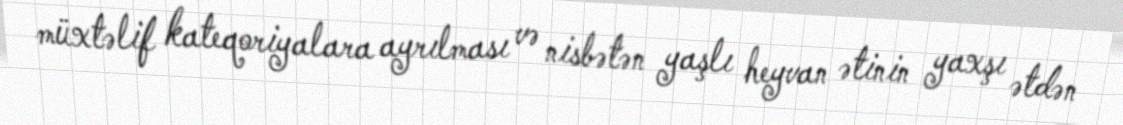
müxtəlif kateqoriyalara ayrılması və nisbətən yaşlı heyvan ətinin yaxşı ətdən